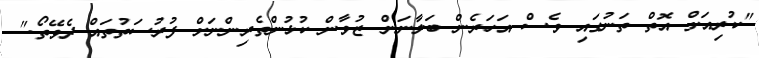
"ކުރިއަށް އޮތް ތަނުގައި ވެސް އަހަރެން ބަލާނަން ޒުވާން ކުޅުންތެރިންނަށް ފުރުސަތުތައް ދެވޭތޯ."